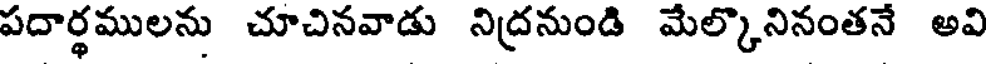
పదార్థములను చూచినవాడు నిద్రనుండి మేల్కొనినంతనే అవి